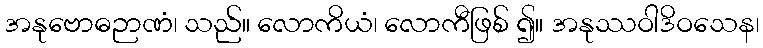
အနုဗောဓဉာဏံ၊ သည်။ လောကိယံ၊ လောကီဖြစ် ၍။ အနုဿဝါဒိဝသေန၊